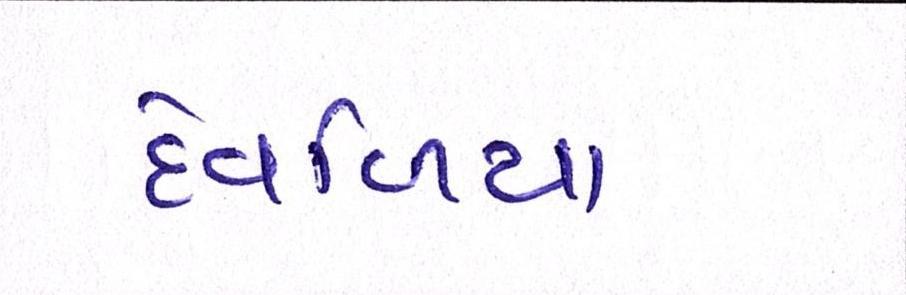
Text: દેવળિયા